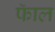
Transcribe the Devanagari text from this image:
फॅाल